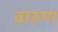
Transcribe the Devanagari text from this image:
वारुण